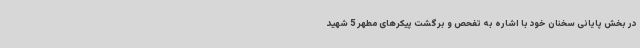
در بخش پایانی سخنان خود با اشاره به تفحص و برگشت پیکرهای مطهر 5 شهید